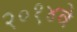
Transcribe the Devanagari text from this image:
२०१४वे